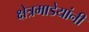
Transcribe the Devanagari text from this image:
क्षेत्रमाडेयांनी